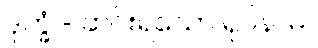
ဒုက္ခံ - ဆင်းရဲသော ရုပ်နာမ်။